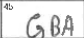
Transcription: GBA